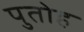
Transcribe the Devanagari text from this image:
पुतोह